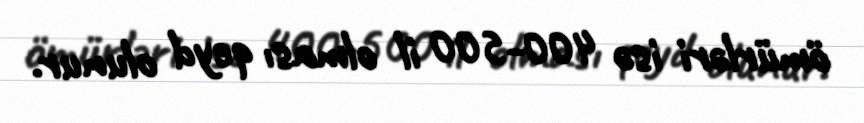
ömürləri isə 400-500 il olması qeyd olunur.